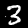
Label: 3